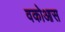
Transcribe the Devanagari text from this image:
वकोआस